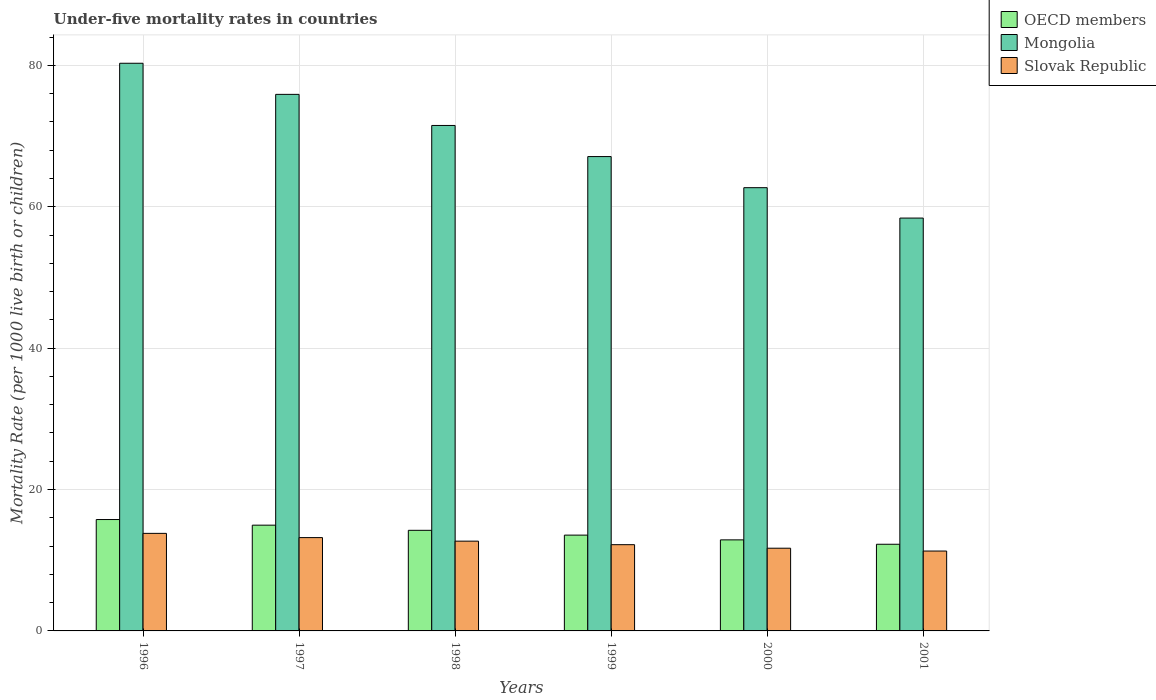
| Years | OECD members | Mongolia | Slovak Republic |
 | --- | --- | --- | --- |
 | 1996 | 15.8 | 80.3 | 13.8 |
 | 1997 | 15 | 75.9 | 13.2 |
 | 1998 | 14.2 | 71.5 | 12.7 |
 | 1999 | 13.6 | 67.1 | 12.2 |
 | 2000 | 12.9 | 62.7 | 11.7 |
 | 2001 | 12.3 | 58.4 | 11.3 |